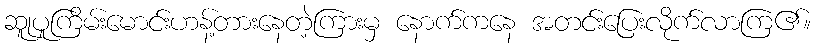
ဆူုပူကြိမ်းမောင်းဟန့်တားနေတဲ့ကြားမှ နောက်ကနေ အတင်းပြေးလိုက်လာကြ၏။